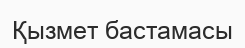
Қызмет бастамасы